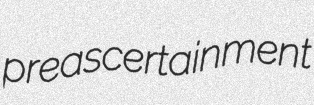
preascertainment